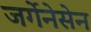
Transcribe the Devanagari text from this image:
जर्गेनेसेन